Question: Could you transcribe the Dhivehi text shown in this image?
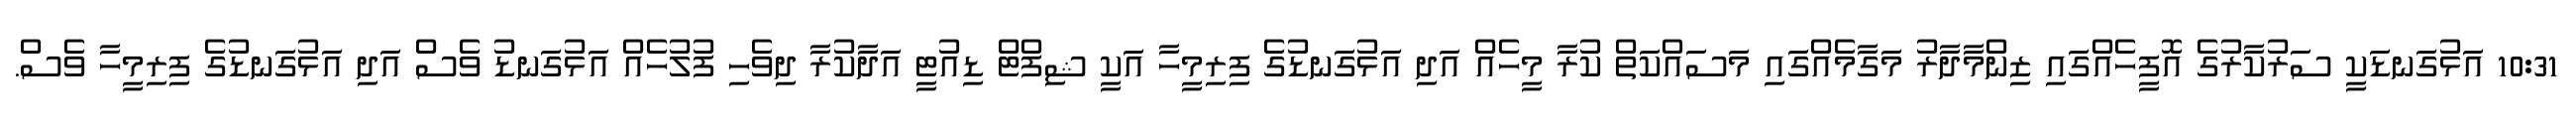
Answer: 10:31 އަޅުގަނޑަކީ ސަރުކާރުގެ އޮފީހެއްގައި ޒިންމާދާރު މަގާމެއްގައި މަސައްކަތް ކުރާ މީހެއް އަދި އަޅުގަނޑުގެ ފިރިމީހާ އަކީ ޝިފްޓް ޑިއުޓީ އަދާކުރާ ދިވެހި ފުލުހެއް އަޅުގަނޑު ވެސް އަދި އަޅުގަނޑުގެ ފިރިމީހާ ވެސް.